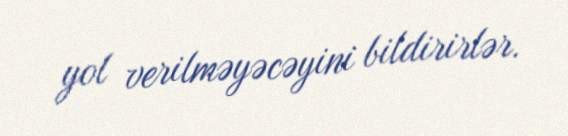
yol verilməyəcəyini bildirirlər.